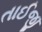
તાઈજી